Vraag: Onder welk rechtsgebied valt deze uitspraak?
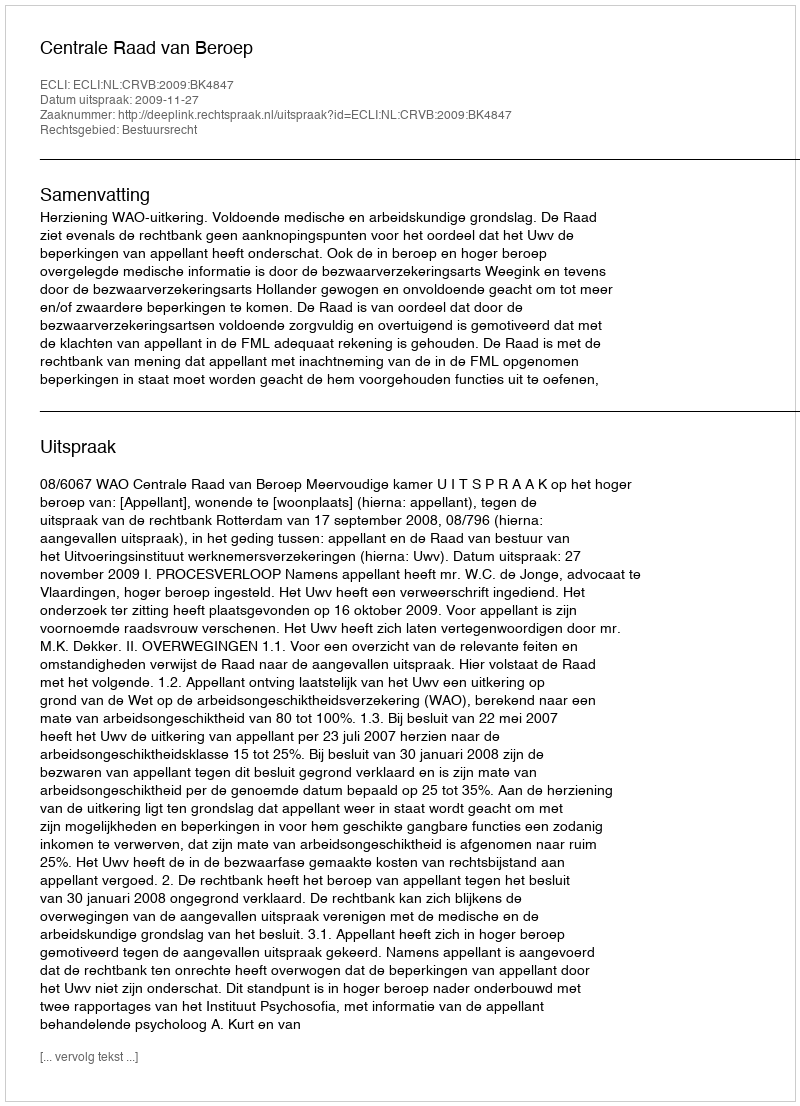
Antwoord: Bestuursrecht